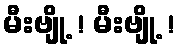
မီးဗျို့ ! မီးဗျို့ !